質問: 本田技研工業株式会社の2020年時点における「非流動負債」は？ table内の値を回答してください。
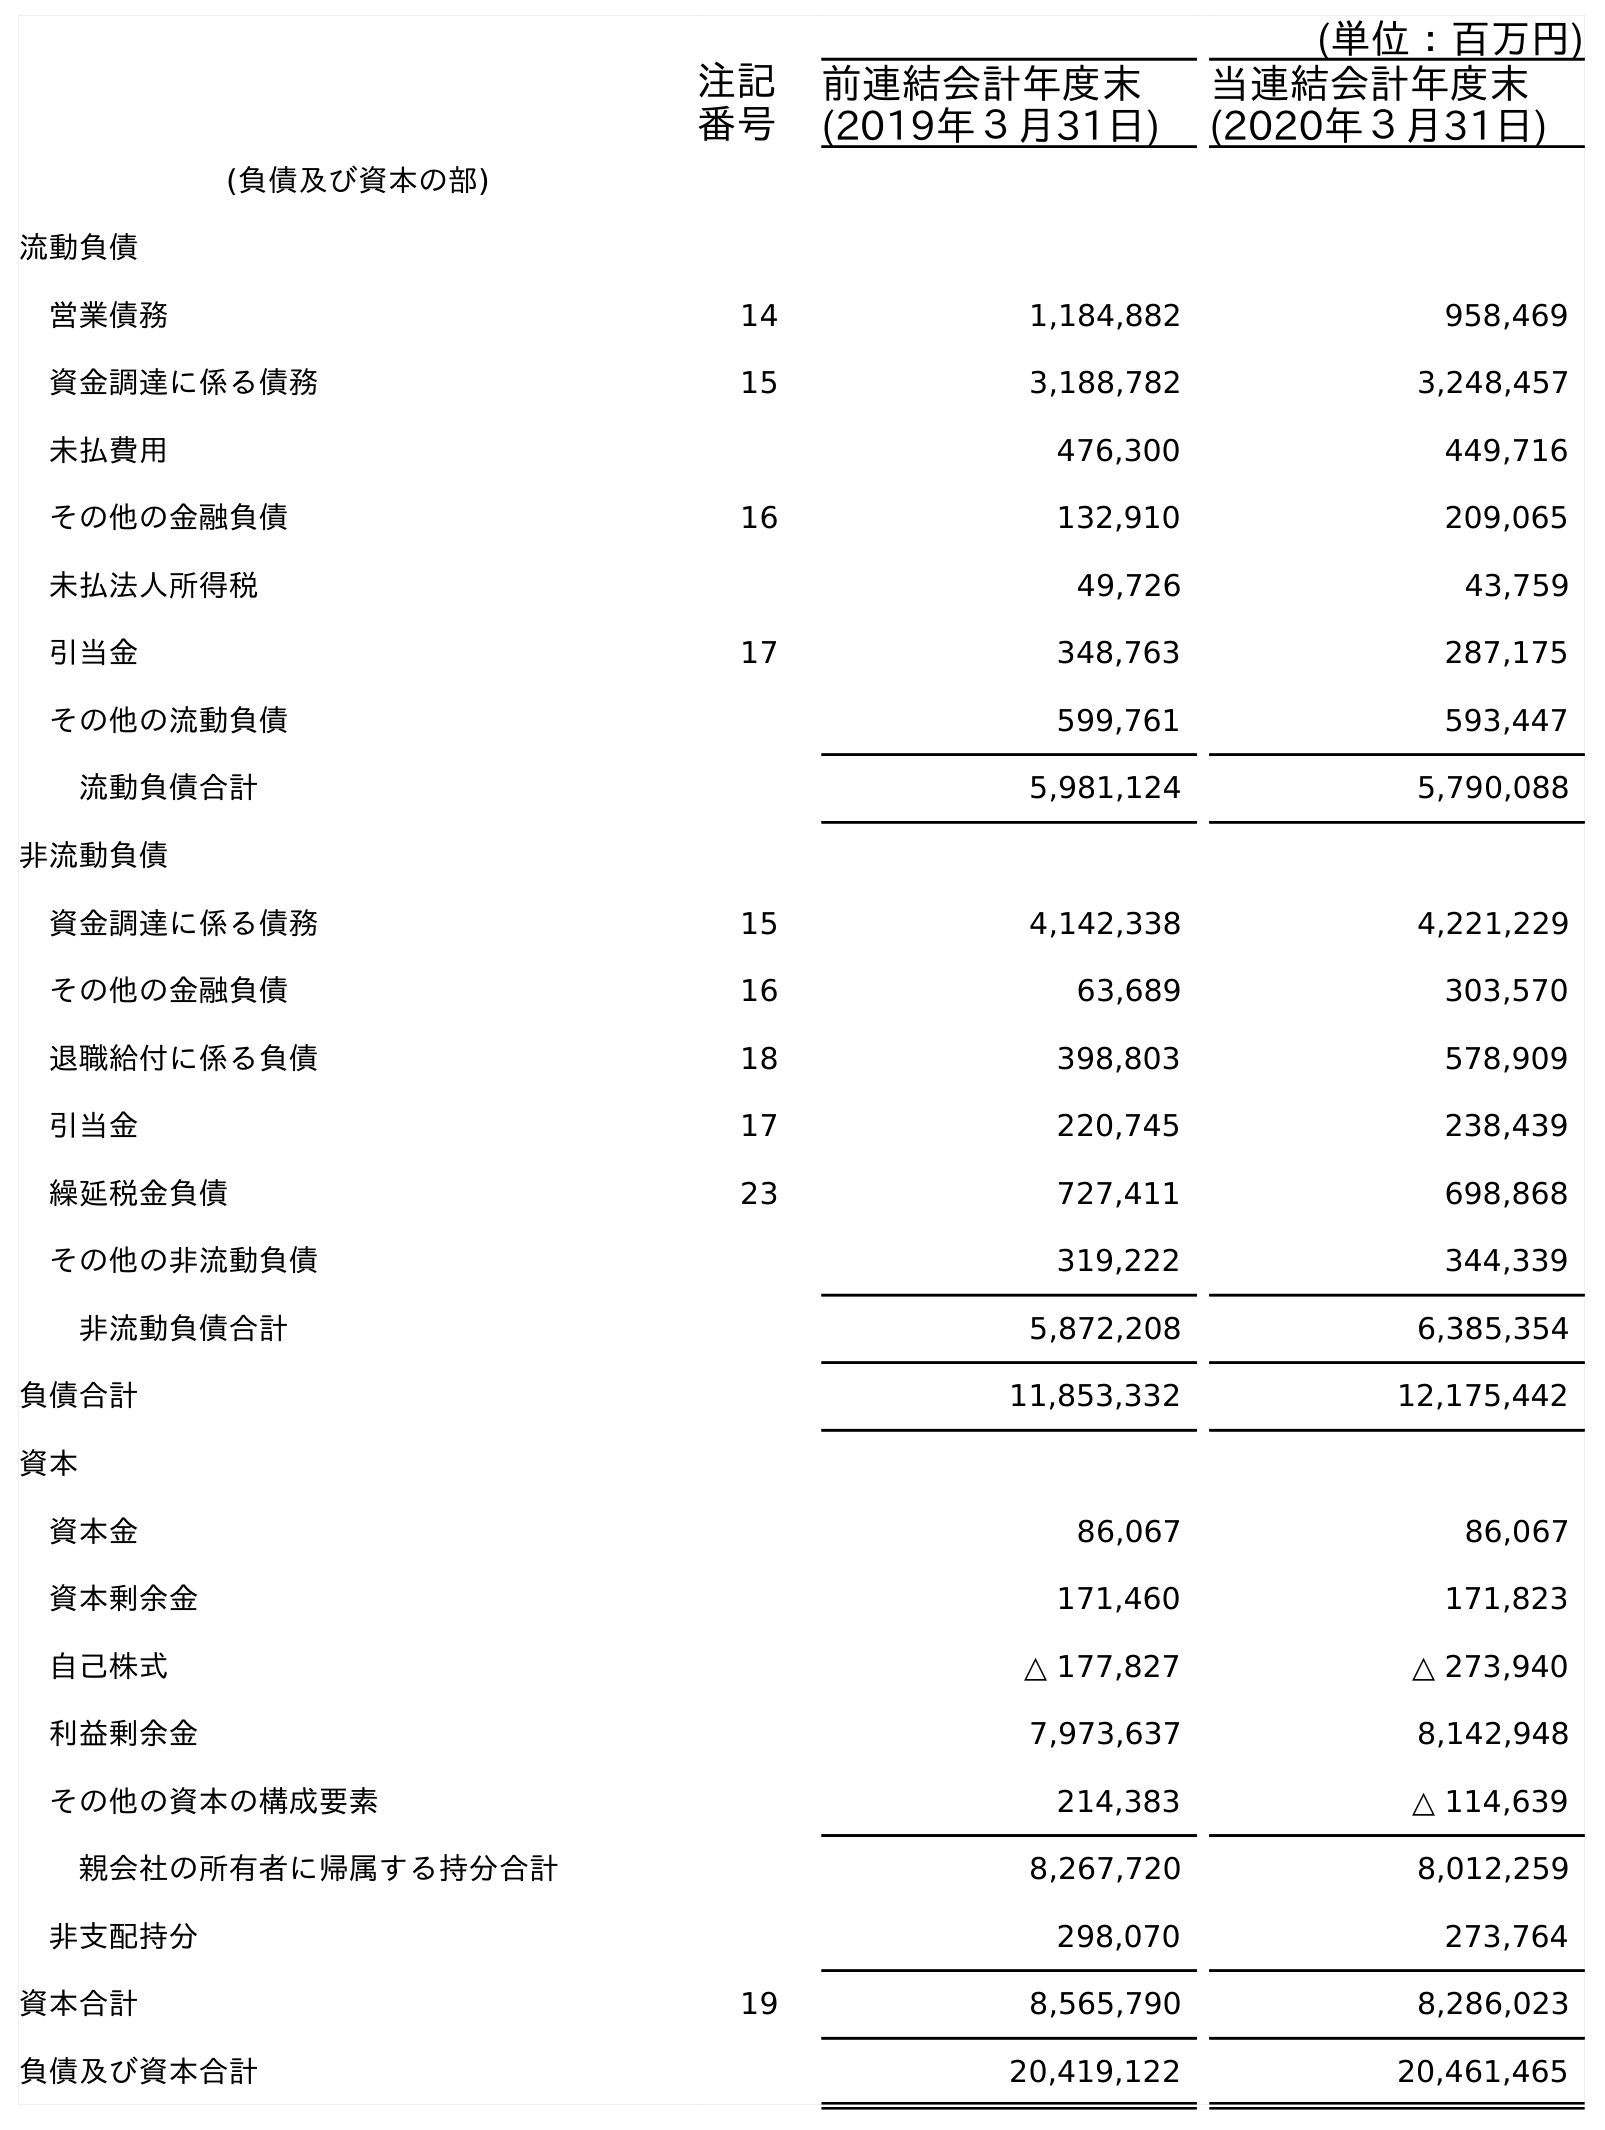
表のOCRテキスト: (単位：百万円) 注記 番号 前連結会計年度末 (2019年３月31日) 当連結会計年度末 (2020年３月31日) (負債及び資本の部) 流動負債 営業債務 14 1,184,882 958,469 資金調達に係る債務 15 3,188,782 3,248,457 未払費用 476,300 449,716 その他の金融負債 16 132,910 209,065 未払法人所得税 49,726 43,759 引当金 17 348,763 287,175 その他の流動負債 599,761 593,447 流動負債合計 5,981,124 5,790,088 非流動負債 資金調達に係る債務 15 4,142,338 4,221,229 その他の金融負債 16 63,689 303,570 退職給付に係る負債 18 398,803 578,909 引当金 17 220,745 238,439 繰延税金負債 23 727,411 698,868 その他の非流動負債 319,222 344,339 非流動負債合計 5,872,208 6,385,354 負債合計 11,853,332 12,175,442 資本 資本金 86,067 86,067 資本剰余金 171,460 171,823 自己株式 △ 177,827 △ 273,940 利益剰余金 7,973,637 8,142,948 その他の資本の構成要素 214,383 △ 114,639 親会社の所有者に帰属する持分合計 8,267,720 8,012,259 非支配持分 298,070 273,764 資本合計 19 8,565,790 8,286,023 負債及び資本合計 20,419,122 20,461,465
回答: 6,385,354